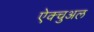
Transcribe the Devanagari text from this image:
ऐक्चुअल